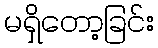
မရှိတော့ခြင်း